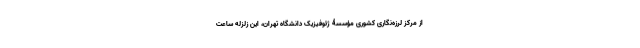
از مرکز لرزه‌نگاری کشوری مؤسسۀ ژئوفیزیک دانشگاه تهران، این زلزله ساعت